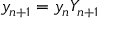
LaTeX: y _ { n + 1 } = y _ { n } Y _ { n + 1 }